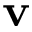
\mathbf { v }